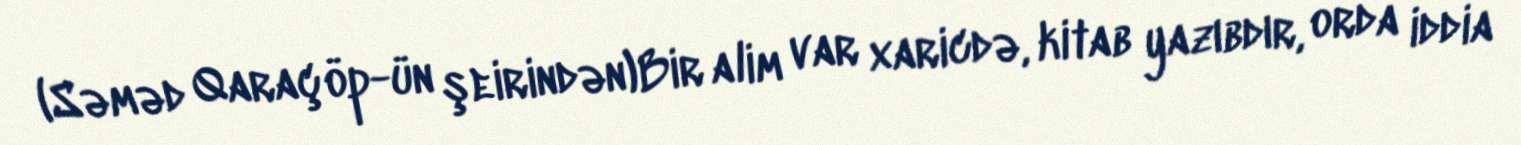
(Səməd Qaraçöp-ün şeirindən)Bir alim var xaricdə, kitab yazıbdır, orda iddia